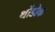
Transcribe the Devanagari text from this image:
थोंडोक